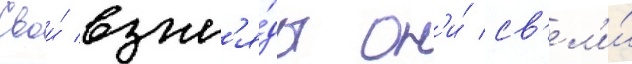
Свои́ взгл'я́ды он'и́ св'ел'и́